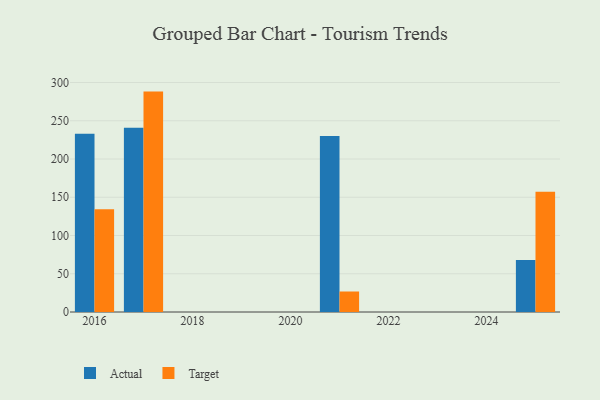
{"axis": {"x": "Year", "y": "Budget (USD K)"}, "legend": ["Actual", "Target"], "data": [{"x": "2021", "y": 230.2, "type": "Actual"}, {"x": "2021", "y": 26.8, "type": "Target"}, {"x": "2017", "y": 240.8, "type": "Actual"}, {"x": "2017", "y": 288.1, "type": "Target"}, {"x": "2016", "y": 233.1, "type": "Actual"}, {"x": "2016", "y": 134.4, "type": "Target"}, {"x": "2025", "y": 68.1, "type": "Actual"}, {"x": "2025", "y": 157.2, "type": "Target"}]}